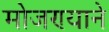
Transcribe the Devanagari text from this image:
मोजण्याने